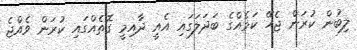
ލިބުން ކުރަން ޖެހޭ ކަމެއްގެ ބަދަލަގައި އެއީ ދާއިމީ ގޮތެއްގައި ކުރަން ވެއްޖެ